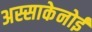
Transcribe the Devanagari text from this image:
अस्साकेनोई